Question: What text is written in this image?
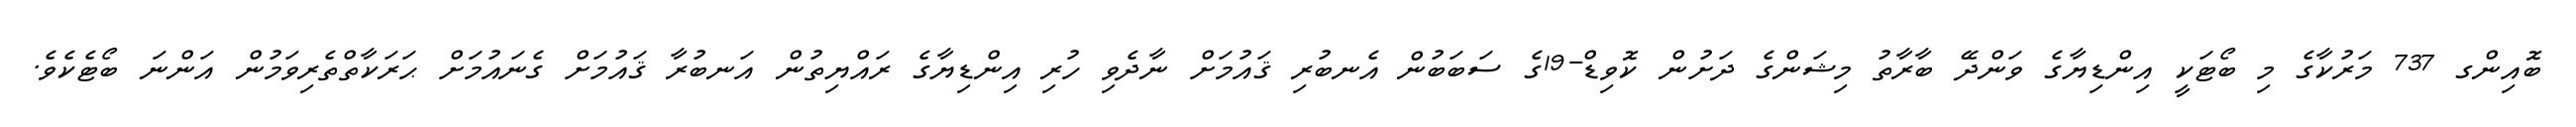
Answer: ބޮއިންގ 737 މަރުކާގެ މި ބޯޓަކީ އިންޑިޔާގެ ވަންދޭ ބާރާތު މިޝަންގެ ދަށުން ކޮވިޑް-19ގެ ސަބަބުން އެނބުރި ޤައުމަށް ނާދެވި ހުރި އިންޑިޔާގެ ރައްޔިތުން އަނބުރާ ޤައުމަށް ގެނައުމަށް ޙަރަކާތްތެރިވަމުން އަންނަ ބޯޓެކެވެ.